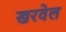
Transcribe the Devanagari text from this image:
खरवेल